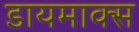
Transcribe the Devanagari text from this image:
डायमाक्स